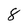
Character: 8